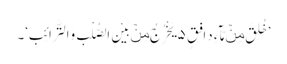
’خُلِقَ مِنۡ مَّآءٍ دَافِقٍ ۵ یَخْرُجُ مِنۡ بَیْنِ الصُّلْبِ وَالتَّرَائِبِ‘۔